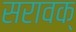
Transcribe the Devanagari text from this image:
सरावक्